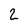
Character: 2